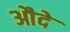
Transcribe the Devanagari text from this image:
औदे